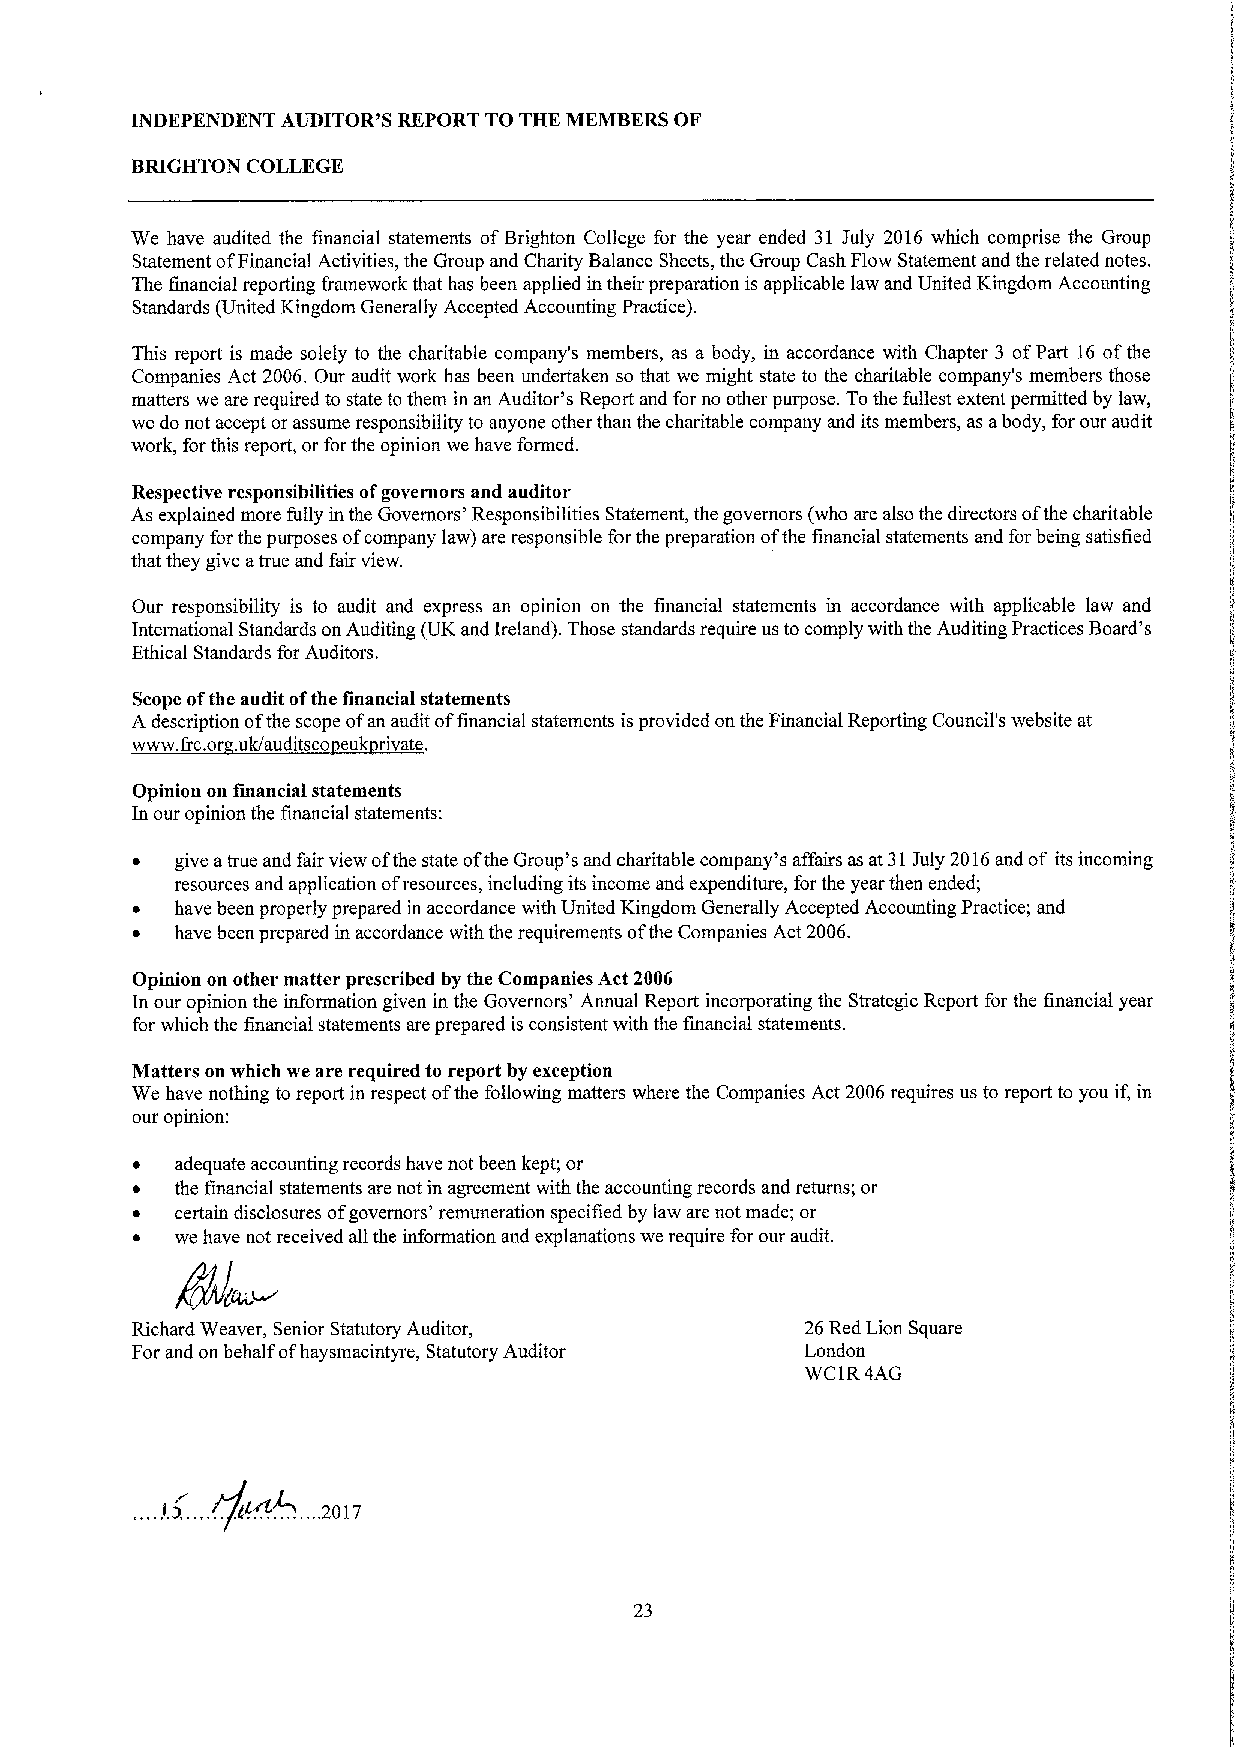
INDEPENDENT AUDITOR'S REPORT TO THE MEMBERS OF
 BRIGHTON COLLEGE
 We have audited the financial statements ofBrighton College for the year ended 31 July 2016 which comprise the Group
 Statement ofFinancial Activities, the Group and Charity Balance Sheets, the Group Cash Flow Statement and the related notes.
 The financial reporting &amework that has been applied in their preparation is applicable law and United Kingdom Accounting
 Standards (United Kingdom Generally Accepted Accounting Practice).
 This report is made solely to the charitable company's members, as a body, in accordance with Chapter 3 ofPart 16 ofthe
 Companies Act 2006.Our audit work has been undertaken so that we might state to the charitable company's members those
 matters we are required to state to them in an Auditor's Report and for no other purpose. Tothe fullest extent permitted by law,
 we do not accept or assume responsibility to anyone other than the charitable company and its members, as abody, for our audit
 work, for this report, orfor the opinion we have formed.
 Respective responsibilities ofgovernors and auditor
 As explained more fully in the Governors' Responsibilities Statement, the governors (who are also the directors ofthe charitable
 company forthe purposes ofcompany law) are responsible forthe preparation ofthe financial statements and for being satisfied
 that they give atrue and fair view.
 Our responsibility is to audit and express an opinion on the financial statements in accordance with applicable law and
 International Standards on Auditing (UK and Ireland). Those standards require us to comply with the Auditing Practices Board's
 Ethical Standards for Auditors,
 Scope ofthe audit ofthe financial statements
 A description ofthe scope ofan audit offinancial statements is provided on the Financial Reporting Council's website at
 www, lrc.or .uk/auditsco euk rivate.
 Opinion on financial statements
 In our opinion the financial statements:
 give atrue and fair view ofthe state ofthe Group's and charitable company's affairs as at31July 2016and of its incoming
 resources and application ofresources, including its income and expenditure, for the year then ended;
 have been properly prepared in accordance with United Kingdom Generally Accepted Accounting Practice; and
 have been prepared in accordance with the requirements ofthe Companies Act 2006.
 Opinion on other matter prescribed by the Companies Act 2006
 In our opinion the information given in the Governors' Annual Report incorporating the Strategic Report for the financial year
 for which the financial statements are prepared is consistent with the financial statements.
 Matters on which we are required to report by exception
 We have nothing to report in respect ofthe following matters where the Companies Act 2006 requires us to report to you if, in
 our opinion:
 adequate accounting records have not been kept; or
 the financial statements are not in agreement with the accounting records and returns; or
 certain disclosures ofgovernors' remuneration specified by law are not made; or
 we have not received all the information and explanations we require for our audit.
 Richard Weaver, Senior Statutory Auditor,   26Red Lion Square
 For and on behalf ofhaysmacintyre, Statutory Auditor London
 WC1R4AG
 „. „.
 5&~~
 ,. l.3,. .. . .. ,.2017
 23